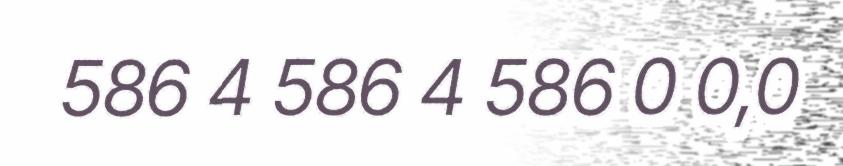
586 4 586 4 586 0 0,0